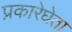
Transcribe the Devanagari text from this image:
प्रकारेघेता